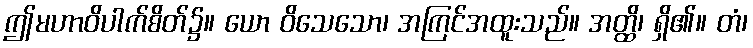
ဤမဟာဝိပါက်စိတ်၌။ ယော ဝိသေသော၊ အကြင်အထူးသည်။ အတ္ထိ၊ ရှိ၏။ တံ၊